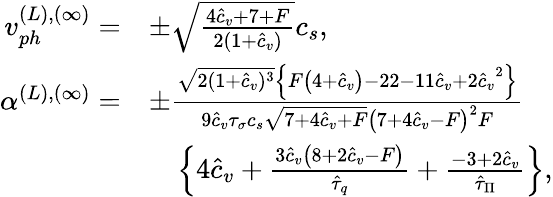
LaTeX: \begin{array}{rl}{v_{ph}^{(L),(\infty)}=}&{\pm\sqrt{\frac{4{\hat{c}_{v}}+7+F}{2(1+\hat{c}_{v})}}c_{s},}\\ {\alpha^{(L),(\infty)}=}&{\pm\frac{\sqrt{2(1+{\hat{c}_{v}})^{3}}\left\{ F\left(4+{\hat{c}_{v}}\right)-22-11{\hat{c}_{v}}+2{\hat{c}_{v}}^{2}\right\} }{9\hat{c}_{v}\tau_{\sigma}c_{s}\sqrt{7+4{\hat{c}_{v}}+F}\left(7+4{\hat{c}_{v}}-F\right)^{2}F}}\\ &{\quad\left\{ 4{\hat{c}_{v}}+\frac{3{\hat{c}_{v}}\left(8+2{\hat{c}_{v}}-F\right)}{\hat{\tau}_{q}}+\frac{-3+2{\hat{c}_{v}}}{\hat{\tau}_{\Pi}}\right\} ,}\end{array}